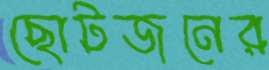
ছোটজনের